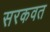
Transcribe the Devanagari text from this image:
सरकवत